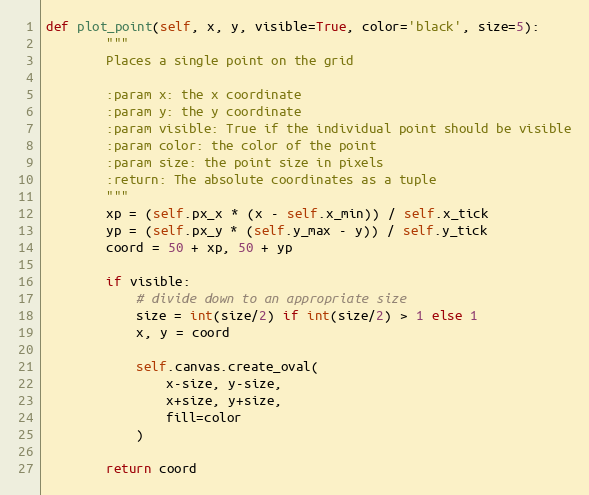
Language: Python
def plot_point(self, x, y, visible=True, color='black', size=5):
        """
        Places a single point on the grid

        :param x: the x coordinate
        :param y: the y coordinate
        :param visible: True if the individual point should be visible
        :param color: the color of the point
        :param size: the point size in pixels
        :return: The absolute coordinates as a tuple
        """
        xp = (self.px_x * (x - self.x_min)) / self.x_tick
        yp = (self.px_y * (self.y_max - y)) / self.y_tick
        coord = 50 + xp, 50 + yp

        if visible:
            # divide down to an appropriate size
            size = int(size/2) if int(size/2) > 1 else 1
            x, y = coord

            self.canvas.create_oval(
                x-size, y-size,
                x+size, y+size,
                fill=color
            )

        return coord